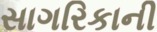
સાગરિકાની